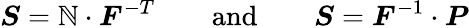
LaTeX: {\boldsymbol{S}}={\boldsymbol{\mathbb{N}}}\cdot{\boldsymbol{F}}^{-T}\qquad{\mathrm{{and}}}\qquad{\boldsymbol{S}}={\boldsymbol{F}}^{-1}\cdot{\boldsymbol{P}}